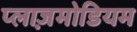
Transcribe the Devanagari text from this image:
प्लाज़मोडियम